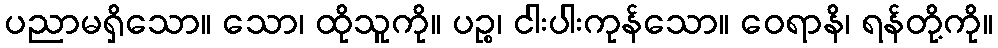
ပညာမရှိသော။ သော၊ ထိုသူကို။ ပဉ္စ၊ ငါးပါးကုန်သော။ ဝေရာနိ၊ ရန်တို့ကို။